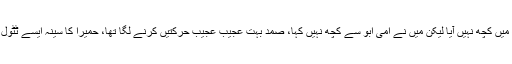
یہاں تک کہ جب میں نے صمد کو حمیرا کے ہونٹوں پر ہونٹ رکھے دیکھا، گو میری سمجھ میں کچھ نہیں آیا لیکن میں نے امی ابو سے کچھ نہیں کہا، صمد بہت عجیب عجیب حرکتیں کرنے لگا تھا، حمیرا کا سینہ ایسے ٹٹول رہا تھا جیسے کوئی گیند کو چھو کر دیکھ رہا تھا کہ کتنی سخت ہے، چوٹ تو نہیں آئے گی۔